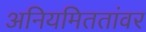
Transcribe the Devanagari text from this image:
अनियमिततांवर